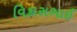
વિકાસભાઈ